Medical and sanitary report of the native army of Madras for the year
Year: 1872
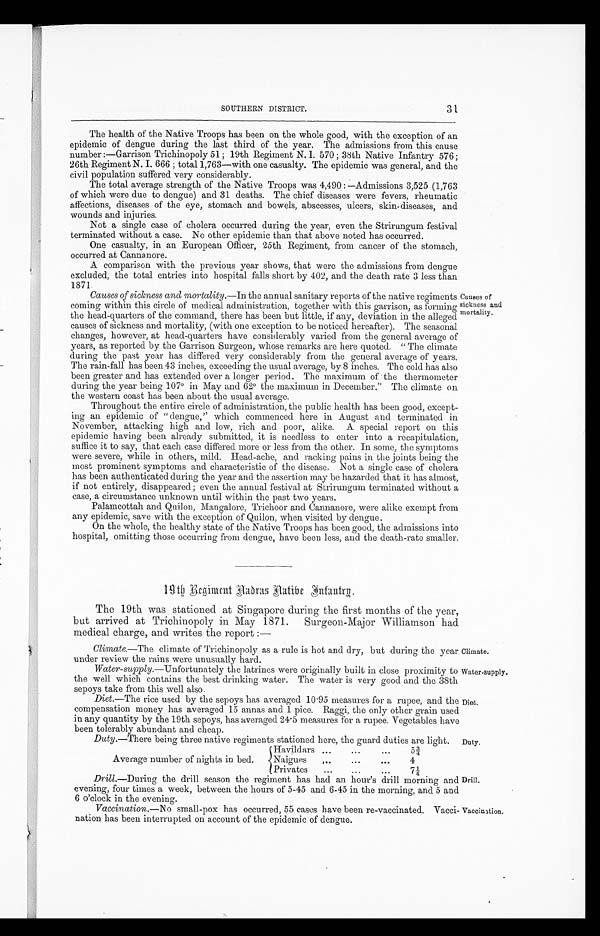
Climate.
Water-supply,
31
SOUTHERN DISTRICT.
The health of the Native Troops has been on the whole good, with the exception of an
epidemic of dengue during the last third of the year. The admissions from this cause
number :—Garrison Trichinopoly 51 ; 19th Regiment N. I. 570 ; 38th Native Infantry 576;
26th Regiment N. I. 666 ; total 1,763—with one casualty. The epidemic was general, and the
civil population suffered very considerably.
The total average strength of the Native Troops was 4,490 : —Admissions 3,525 (1,763
of which were due to dengue) and 31 deaths. The chief diseases were fevers, rheumatic
affections, diseases of the eye, stomach and bowels, abscesses, ulcers, skin-diseases, and
wounds and injuries.
Not a single case of cholera occurred during the year, even the Strirungum festival
terminated without a case. No other epidemic than that above noted has occurred.
One casualty, in an European Officer, 25th Regiment, from cancer of the stomach,
occurred at Cannanore.
A comparison with the previous year shows, that were the admissions from dengue
excluded, the total entries into hospital falls short by 402, and the death rate 3 less than
1871.
Causes of sickness and mortality .—In the annual sanitary reports of the native regiments
coming within this circle of medical administration, together with this garrison, as forming
the head-quarters of the command, there has been but little, if any, deviation in the alleged
causes of sickness and mortality, (with one exception to be noticed hereafter). The seasonal
changes, however, at head-quarters have considerably varied from the general average of
years, as reported by the Garrison Surgeon, whose remarks are here quoted. " The climate
during the past year has differed very considerably from the general average of years.
The rain-fall has been 43 inches, exceeding the usual average, by 8 inches. The cold has also
been greater and has extended over a longer period. The maximum of the thermometer
during the year being 107° in May and 62° the maximum in December." The climate on
the western coast has been about the usual average.
Causes of
sickness and
mortality.
Throughout the entire circle of administration, the public health has been good, except
-ing an epidemic of " dengue," which commenced here in August and terminated in
November, attacking high and low, rich and poor, alike. A special report on this
epidemic having been already submitted, it is needless to enter into a recapitulation,
suffice it to say, that each case differed more or less from the other. In some, the symptoms
were severe, while in others, mild. Head-ache, and racking pains in the joints being the
most prominent symptoms and characteristic of the disease. Not a single case of cholera
has been authenticated during the year and the assertion may be hazarded that it has almost,
if not entirely, disappeared ; even the annual festival at Strirungum terminated without a
case, a circumstance unknown until within the past two years.
Palamcottah and Quilon, Mangalore, Trichoor and Cannanore, were alike exempt from
any epidemic, save with the exception of Quilon, when visited by dengue.
On the whole, the healthy state of the Native Troops has been good, the admissions into
hospital, omitting those occurring from dengue, have been less, and the death-rate smaller.
19th Regiment Madras Native Infantrg.
The 19th was stationed at Singapore during the first months of the year,
but arrived at Trichinopoly in May 1871. Surgeon-Major Williamson had
medical charge, and writes the report :—
Climate.—The climate of Trichinopoly as a rule is hot and dry, but during the year
under review the rains were unusually hard.
Water-supply .—Unfortunately the latrines were originally built in close proximity to
the well which contains the best drinking water. The water is very good and the 38th
sepoys take from this well also.
Diet .—The rice used by the sepoys has averaged 10.95 measures for a rupee, and the
compensation money has averaged 15 annas and 1 pice. Raggi, the only other grain used
in any quantity by the 19th sepoys, has averaged 24.5 measures for a rupee. Vegetables have
been tolerably abundant and cheap.
Duty .—There being three native regiments stationed here, the guard duties are light.
Average number of nights in bed.
Havildars . . .
5 ¾
Naigues . . .
4
Privates . . .
7 ¼
Drill .—During the drill season the regiment has had an hour's drill morning and
evening, four times a week, between the hours of 5-45 and 6-45 in the morning, and 5 and
6 o'clock in the evening.
Diet.
Duty.
Drill.
Vaccination .—No small-pox has occurred, 55 cases have been re-vaccinated.
nation has been interrupted on account of the epidemic of dengue.
Vacci-Vaccination.